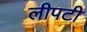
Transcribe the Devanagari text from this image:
लीपटी